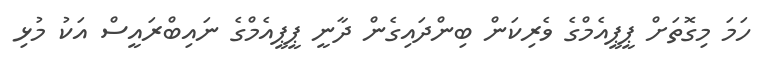
ހަމަ މިގޮތަށް ޕީޕީއެމްގެ ވެރިކަން ބިންދައިގެން ދާނީ ޕީޕީއެމްގެ ނައިބްރައީސް އަކު މުޅި